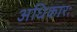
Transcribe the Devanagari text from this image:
अधिकारः